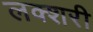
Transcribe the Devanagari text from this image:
लक्शरी